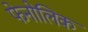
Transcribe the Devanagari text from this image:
फेनोलिक